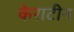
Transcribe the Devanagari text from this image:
केराटीन